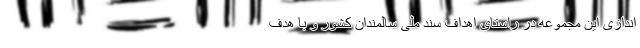
‌اندازی این مجموعه در راستای اهداف سند ملی سالمندان کشور و با هدف